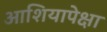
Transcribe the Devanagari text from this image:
आशियापेक्षा